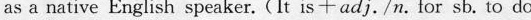
as a native English speaker.(It is+adj./n.For sb. To do